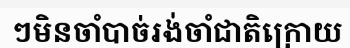
ៗមិនចាំបាច់រង់ចាំជាតិក្រោយ